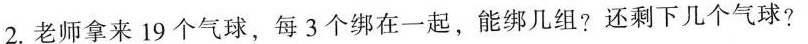
2.老师拿来19个气球，每3个绑在一起，能绑几组?还剩下几个气球?